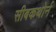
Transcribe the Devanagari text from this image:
सीबकथोर्न